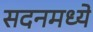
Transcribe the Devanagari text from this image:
सदनमध्ये